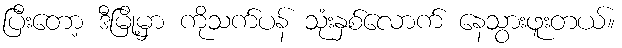
ပြီးတော့ ဒီမြို့မှာ ကိုသက်ပန် သုံးနှစ်လောက် နေသွားဖူးတယ်။